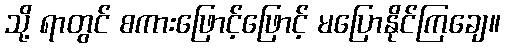
သို့ ရာတွင် စကားဖြောင့်ဖြောင့် မပြောနိုင်ကြချေ။